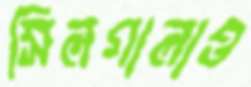
সিলগালাও